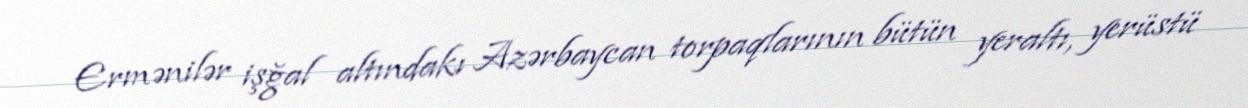
Ermənilər işğal altındakı Azərbaycan torpaqlarının bütün yeraltı, yerüstü